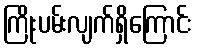
ကြိုးပမ်းလျက်ရှိကြောင်း